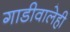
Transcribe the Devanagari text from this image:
गाडीवालेही